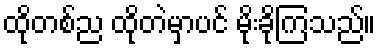
ထိုတစ်ည ထိုတဲမှာပင် မိုးခိုကြသည်။